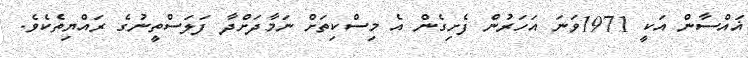
ޣައްސާން އަކީ 1971ވަނަ އަހަރުން ފެށިގެން އެ މިސްކިތަށް ނަމާދަށްދާ ފަލަސްތީނުގެ ރައްޔިތެކެވެ.